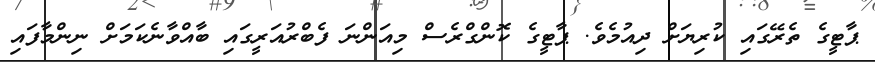
ޕާޓީގެ ތެރޭގައި ކުރިޔަށް ދިއުމެވެ. ޕާޓީގެ ކޮންގްރެސް މިއަންނަ ފެބްރުއަރީގައި ބާއްވާނެކަމަށް ނިންމާފައި